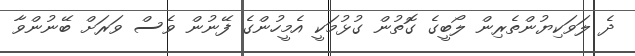
ދެ ލަވަކިޔުންތެރިން ލޯބީގެ ގޮތުން ގުޅުމަކީ އެމީހުންގެ ފޭނުން ވެސް ވަރަށް ބޭނުންވާ